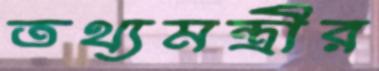
তথ্যমন্ত্রীর